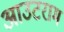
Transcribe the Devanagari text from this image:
आउटराम